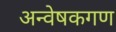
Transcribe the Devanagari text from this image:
अन्वेषकगण